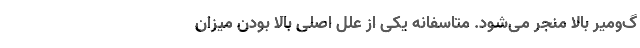
گ‌ومیر بالا منجر می‌شود. متاسفانه یکی از علل اصلی بالا بودن میزان